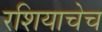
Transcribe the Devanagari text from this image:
रशियाचेच